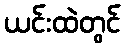
ယင်းထဲတွင်